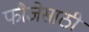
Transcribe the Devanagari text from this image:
फौजेसाठी